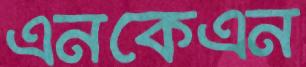
এনকেএন